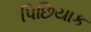
પિછિયાક